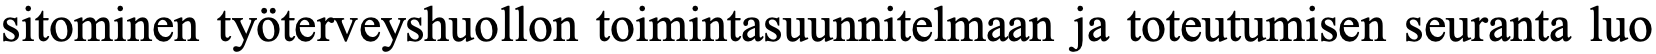
sitominen työterveyshuollon toimintasuunnitelmaan ja toteutumisen seuranta luo